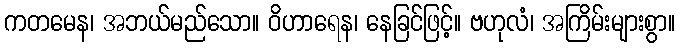
ကတမေန၊ အဘယ်မည်သော။ ဝိဟာရေန၊ နေခြင်ဖြင့်။ ဗဟုလံ၊ အကြိမ်းများစွာ။